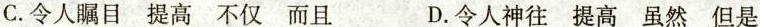
C.令人瞩目 提高 不仅 而且 D.令人神往 提高 虽然 但是